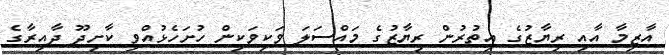
އާޒިމާ އާއި ރިޔާޒުގެ އިތުރުން ރިޔާޒުގެ މައްސަލަ ވަކިވަކިން ހުށަހެޅުއްވި ކާށިދޫ ދާއިރާގެ